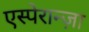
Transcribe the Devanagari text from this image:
एस्पेरान्ज़ा